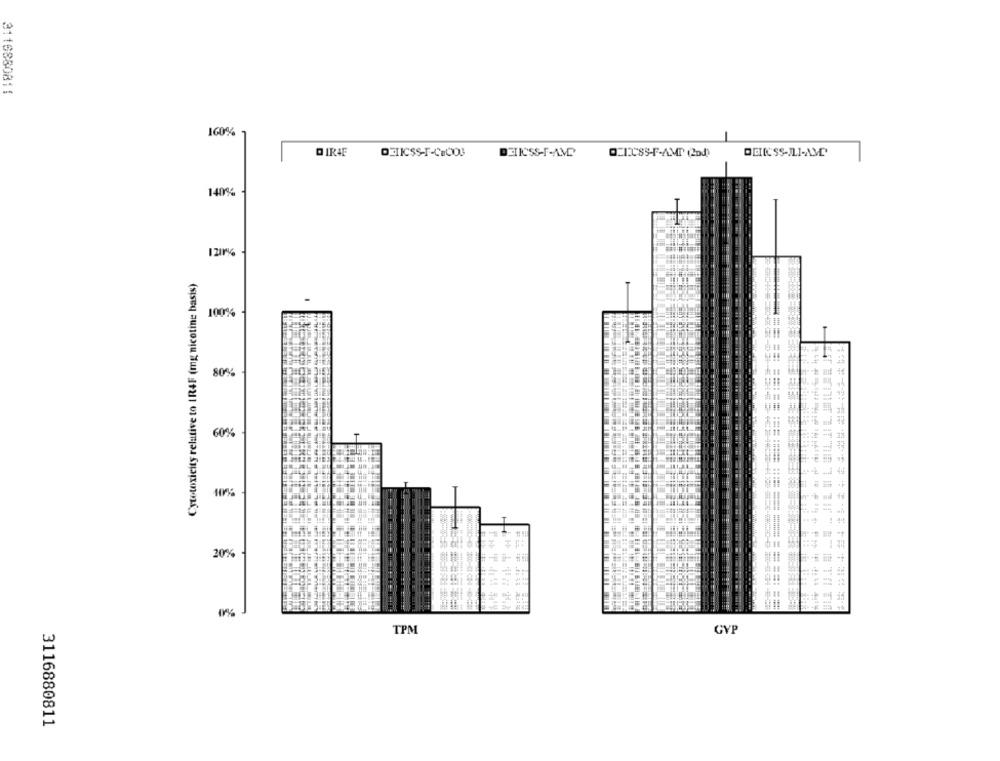
3116880811
160%
Q IRAF
DEIICSS-F-CECO3
Q_1085-F-AMI (2)
DELIC SS-ILI-AMD
140%
1201%
Cytotoxicity relative to IR4F (mg nicotine basis)
100%-
80%
60%
20%
TPM
GYP
3116880811